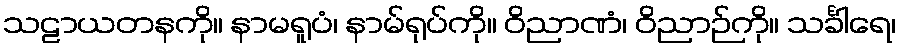
သဠာယတနကို။ နာမရူပံ၊ နာမ်ရုပ်ကို။ ဝိညာဏံ၊ ဝိညာဉ်ကို။ သင်္ခါရေ၊